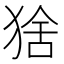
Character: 猞